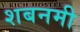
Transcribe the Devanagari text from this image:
शबनमी